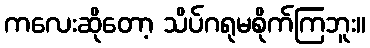
ကလေးဆိုတော့ သိပ်ဂရုမစိုက်ကြဘူး။